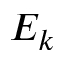
E _ { k }